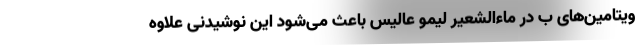
ویتامین‌های ب در ماءالشعیر لیمو عالیس باعث می‌شود این نوشیدنی علاوه